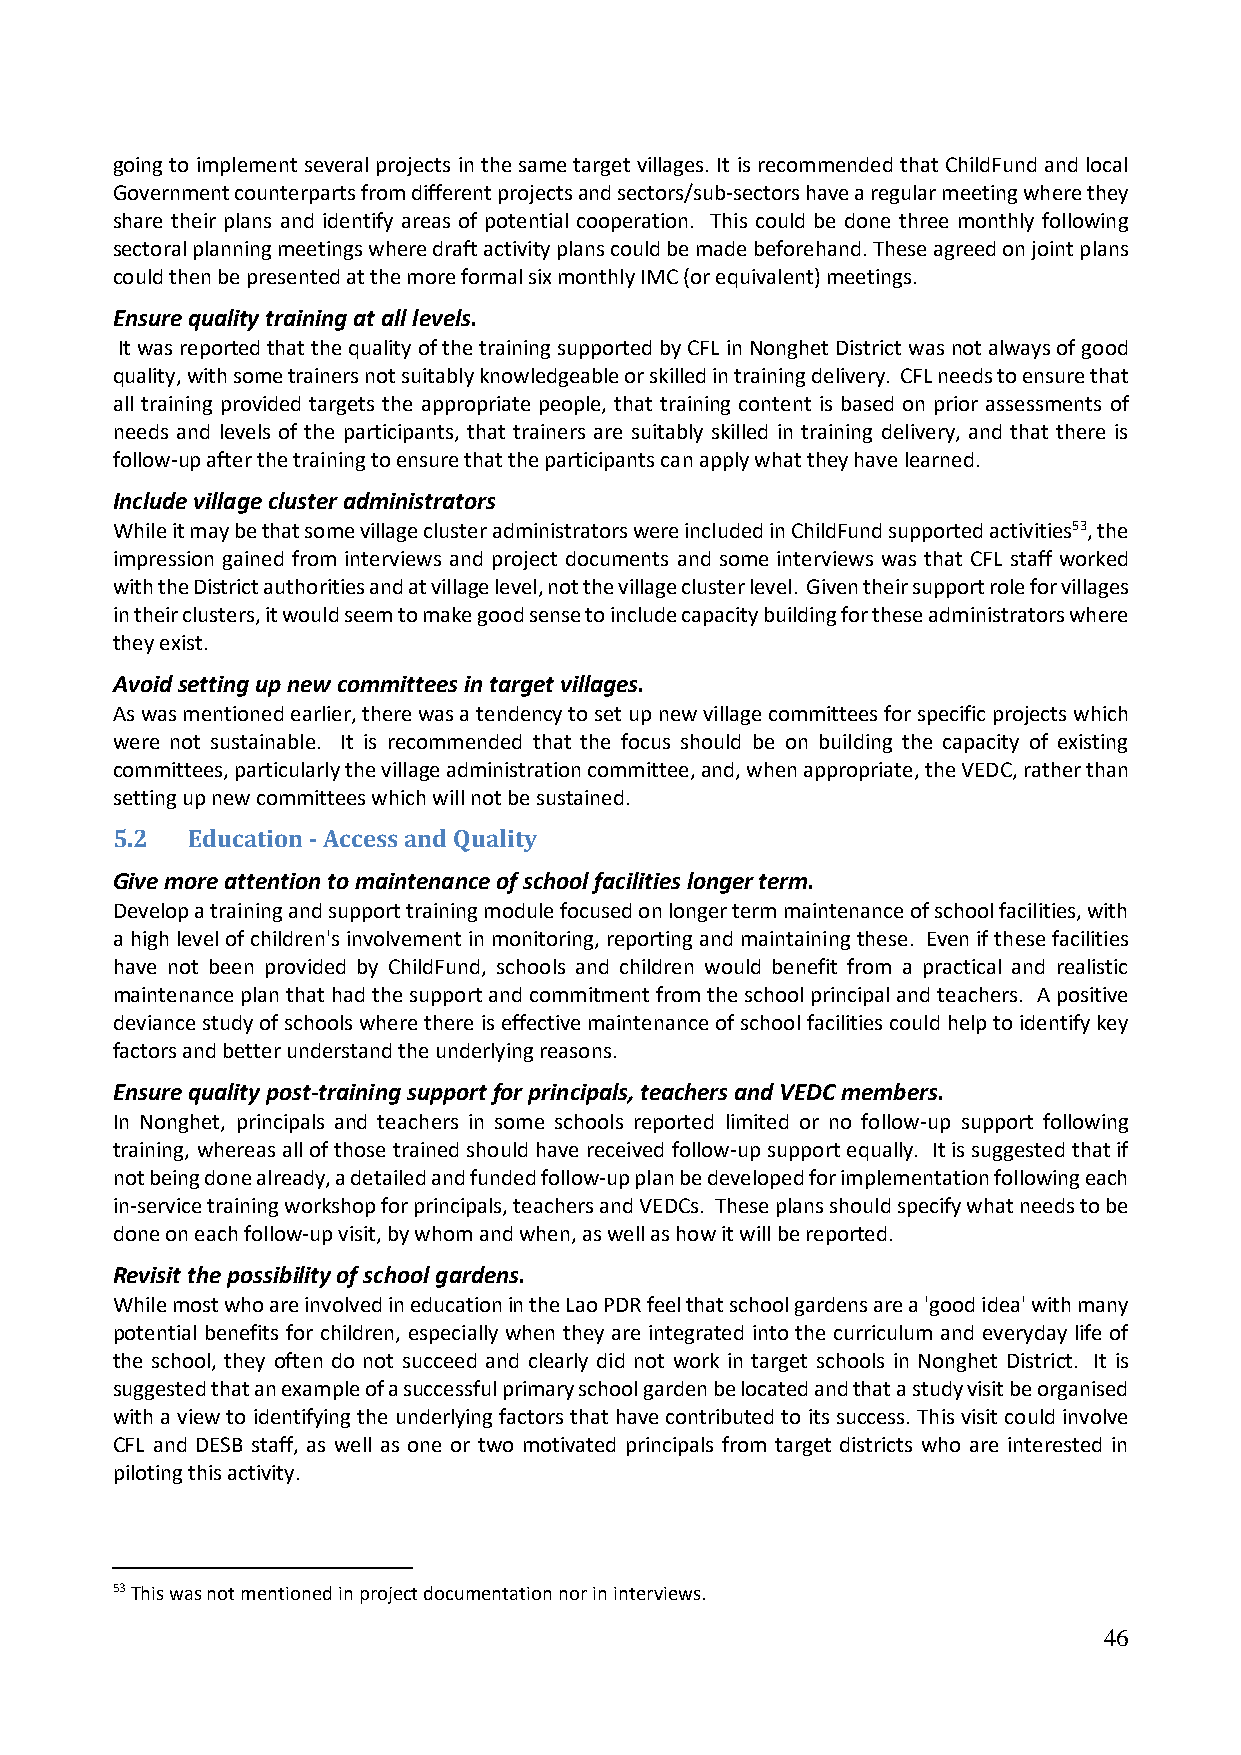
going to implement several projects in the same target villages. It is recommended that ChildFund and local
 Government counterparts from different projects and sectors/sub-sectors have a regular meeting where they
 share their plans and identify areas of potential cooperation. This could be done three monthly following
 sectoral planning meetings where draft activity plans could be made beforehand. These agreed on joint plans
 could then be presented at the more formal six monthly IMC (or equivalent) meetings.
 Ensure quality training at all levels.
 It was reported that the quality of the training supported by CFL in Nonghet District was not always of good
 quality, with some trainers not suitably knowledgeable or skilled in training delivery. CFL needs to ensure that
 all training provided targets the appropriate people, that training content is based on prior assessments of
 needs and levels of the participants, that trainers are suitably skilled in training delivery, and that there is
 follow-up after the training to ensure that the participants can apply what they have learned.
 Include village cluster administrators
 While it may be that some village cluster administrators were included in ChildFund supported activities53, the
 impression gained from interviews and project documents and some interviews was that CFL staff worked
 with the District authorities and at village level, not the village cluster level. Given their support role for villages
 in their clusters, it would seem to make good sense to include capacity building for these administrators where
 they exist.
 Avoid setting up new committees in target villages.
 As was mentioned earlier, there was a tendency to set up new village committees for specific projects which
 were not sustainable. It is recommended that the focus should be on building the capacity of existing
 committees, particularly the village administration committee, and, when appropriate, the VEDC, rather than
 setting up new committees which will not be sustained.
 5.2  Education - Access and Quality
 Give more attention to maintenance of school facilities longer term.
 Develop a training and support training module focused on longer term maintenance of school facilities, with
 a high level of children's involvement in monitoring, reporting and maintaining these. Even if these facilities
 have not been provided by ChildFund, schools and children would benefit from a practical and realistic
 maintenance plan that had the support and commitment from the school principal and teachers. A positive
 deviance study of schools where there is effective maintenance of school facilities could help to identify key
 factors and better understand the underlying reasons.
 Ensure quality post-training support for principals, teachers and VEDC members.
 In Nonghet, principals and teachers in some schools reported limited or no follow-up support following
 training, whereas all of those trained should have received follow-up support equally. It is suggested that if
 not being done already, a detailed and funded follow-up plan be developed for implementation following each
 in-service training workshop for principals, teachers and VEDCs. These plans should specify what needs to be
 done on each follow-up visit, by whom and when, as well as how it will be reported.
 Revisit the possibility of school gardens.
 While most who are involved in education in the Lao PDR feel that school gardens are a 'good idea' with many
 potential benefits for children, especially when they are integrated into the curriculum and everyday life of
 the school, they often do not succeed and clearly did not work in target schools in Nonghet District. It is
 suggested that an example of a successful primary school garden be located and that a study visit be organised
 with a view to identifying the underlying factors that have contributed to its success. This visit could involve
 CFL and DESB staff, as well as one or two motivated principals from target districts who are interested in
 piloting this activity.
 53 This was not mentioned in project documentation nor in interviews.
 46